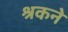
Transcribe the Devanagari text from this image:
श्रकने